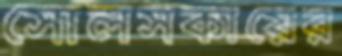
সোলসকায়ের